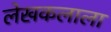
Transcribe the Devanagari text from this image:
लेखकलाला